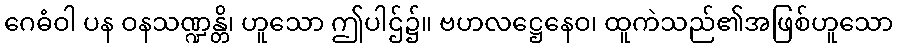
ဂေဓံဝါ ပန ဝနသဏ္ဍန္တိ၊ ဟူသော ဤပါဌ်၌။ ဗဟလဋ္ဌေနေဝ၊ ထူကဲသည်၏အဖြစ်ဟူသော